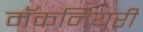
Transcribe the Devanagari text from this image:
मॅकनियरी